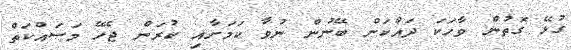
ގުޅޭ ގޮތުން ވާހަކަ ދައްކަން ބޭނުން ނުވާ ކަމަށާއި ކުރަން ޖެހޭ މަސައްކަތް